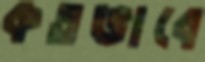
কতভাবে